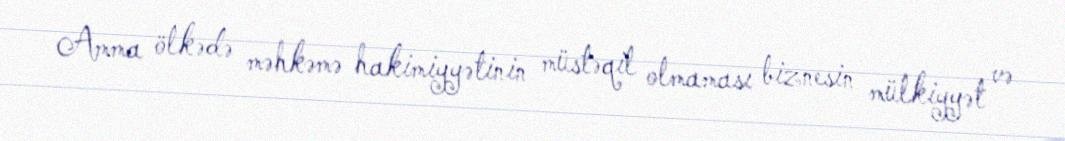
Amma ölkədə məhkəmə hakimiyyətinin müstəqil olmaması biznesin mülkiyyət və